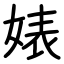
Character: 婊